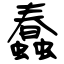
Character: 蠢